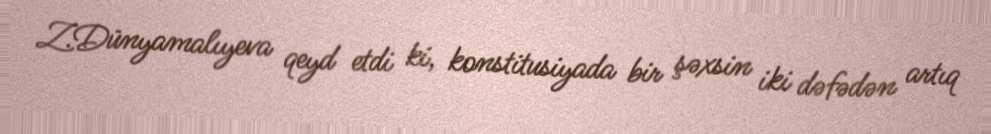
Z.Dünyamalıyeva qeyd etdi ki, konstitusiyada bir şəxsin iki dəfədən artıq